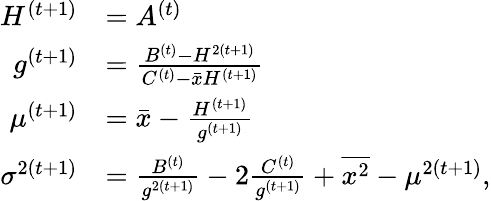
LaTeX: \begin{array}{rl}{H^{(t+1)}}&{=A^{(t)}}\\ {g^{(t+1)}}&{=\frac{B^{(t)}-H^{2(t+1)}}{C^{(t)}-\bar{x}H^{(t+1)}}}\\ {\mu^{(t+1)}}&{=\bar{x}-\frac{H^{(t+1)}}{g^{(t+1)}}}\\ {\sigma^{2(t+1)}}&{=\frac{B^{(t)}}{g^{2(t+1)}}-2\frac{C^{(t)}}{g^{(t+1)}}+\overline{{x^{2}}}-\mu^{2(t+1)},}\end{array}